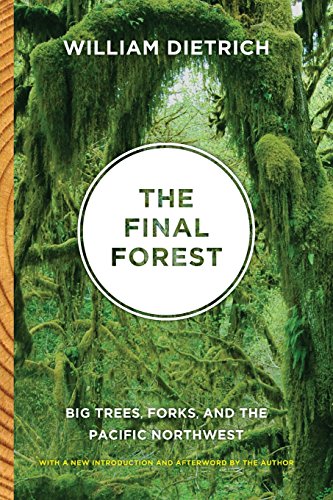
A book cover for The Final Forest: Big Trees, Forks, and the Pacific Northwest; William Dietrich; Science & Math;